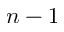
n - 1